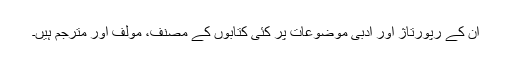
ان کے رپورتاژ اور ادبی موضوعات پر کئی کتابوں کے مصنف، مولف اور مترجم ہیں۔